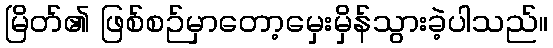
မြိတ်၏ ဖြစ်စဉ်မှာတော့မှေးမှိန်သွားခဲ့ပါသည်။